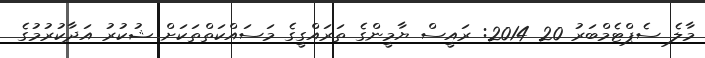
މާލެ ސެޕްޓެމްބަރު 20 2014: ރައީސް ޔާމީންގެ ތަރައްގީގެ މަސައްކަތްތަކަށް ޝުކުރު އަދާކުރުމުގެ